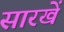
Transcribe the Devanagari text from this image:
सारखें